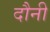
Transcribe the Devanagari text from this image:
दौनी